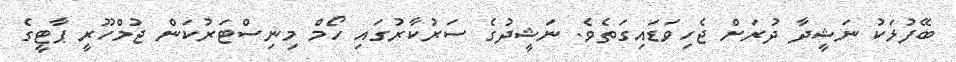
ބޭފުޅަކު ނަޝީދާ ދުރަށް ޖެހިވަޑައިގަތެވެ. ނަޝީދުގެ ސަރުކާރުގައި ހޯމް މިނިސްޓަރުކަން ޖުމްހޫރީ ޕާޓީގެ